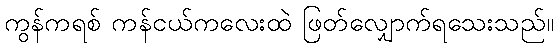
ကွန်ကရစ် ကန်ငယ်ကလေးထဲ ဖြတ်လျှောက်ရသေးသည်။